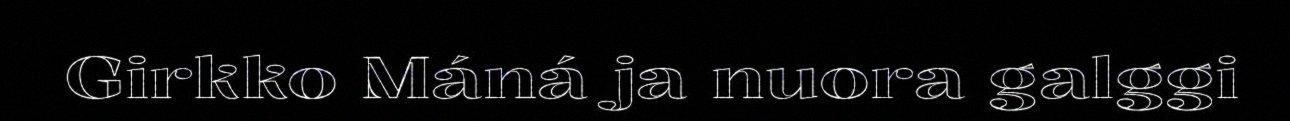
Girkko Máná ja nuora galggi